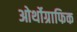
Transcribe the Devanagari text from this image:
ओर्थोग्राफिक